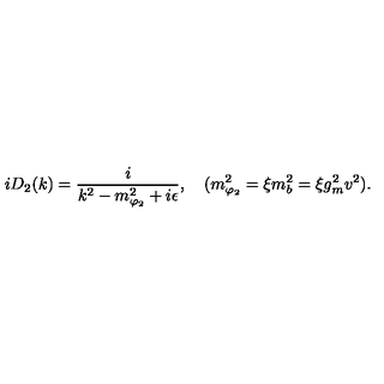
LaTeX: i D _ { 2 } ( k ) = { \frac { i } { k ^ { 2 } - m _ { \varphi _ { 2 } } ^ { 2 } + i \epsilon } } , \quad ( m _ { \varphi _ { 2 } } ^ { 2 } = \xi m _ { b } ^ { 2 } = \xi g _ { m } ^ { 2 } v ^ { 2 } ) .